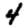
Digit: 4